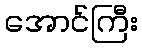
အောင်ကြီး